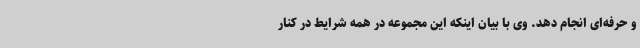
و حرفه‌ای انجام دهد. وی با بیان اینکه این مجموعه در همه شرایط در کنار